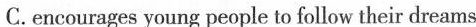
C.encourages young people to follow their dreams